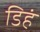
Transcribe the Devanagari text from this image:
डिहं